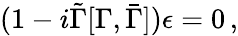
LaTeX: (1-i\tilde{\Gamma}[\Gamma,\bar{\Gamma}])\epsilon=0\, ,